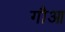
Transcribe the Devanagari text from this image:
गौआ